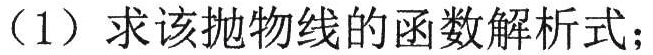
（1）求该抛物线的函数解析式；